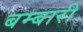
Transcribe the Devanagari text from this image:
बम्बारी